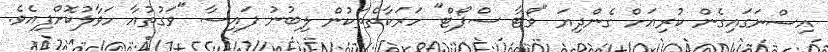
އިސްނަގައިގެން ކުރިއަށް ގެންދިޔަ "ވޯޓާ ސްޕޯޓް" ހަރަކާތްތަކުން ލިބުނު ފައިސާ "ވަގުތުއާ ހަވާލުކޮށްފިއެވެ.